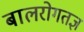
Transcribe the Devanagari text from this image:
बालरोगतज्ञ